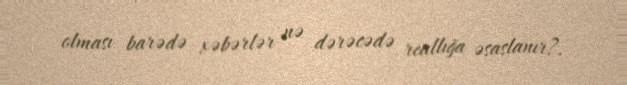
olması barədə xəbərlər nə dərəcədə reallığa əsaslanır?.